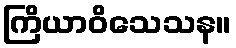
ကြိယာဝိသေသန။